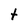
Character: t